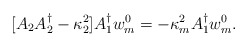
\begin{align*}[A_{2}A_{2}^{\dagger}-\kappa_2^2]A_{1}^{\dagger}w_m^0=-\kappa_m^2 A_{1}^{\dagger}w_m^0.\end{align*}